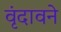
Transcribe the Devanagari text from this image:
वृंदावने